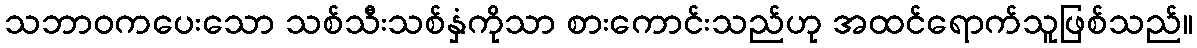
သဘာဝကပေးသော သစ်သီးသစ်နှံကိုသာ စားကောင်းသည်ဟု အထင်ရောက်သူဖြစ်သည်။